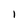
Character: 1